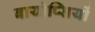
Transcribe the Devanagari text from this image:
बायोप्‍िसयों